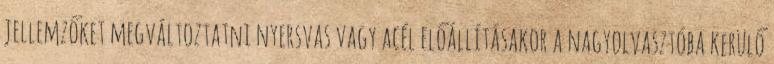
jellemzőket megváltoztatni nyersvas vagy acél előállításakor a nagyolvasztóba kerülő